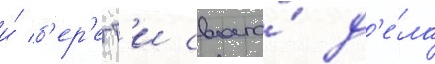
и́ б'ер'егт'и своего́ д'е́ла